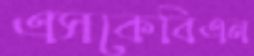
এসকেবিএন